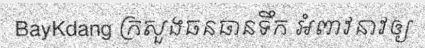
BayKdang ក្រសួងធនធានទឹក អំពាវនាវឲ្យ